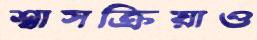
শ্বাসক্রিয়াও